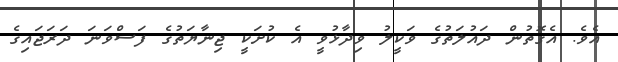
އެވެ. އެގޮތުން ދައުލަތުގެ ވަކީލު ވިދާޅުވީ އެ ކުށަކީ ޖިނާޔަތުގެ ފަސްވަނަ ދަރަޖައިގެ